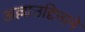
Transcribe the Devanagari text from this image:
अल्लाउद्दिनाने